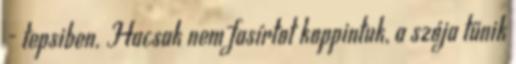
- tepsiben. Hacsak nem fasírtot koppintuk, a szója tűnik